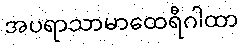
အပရာသာမာထေရီဂါထာ